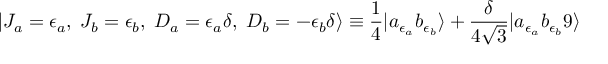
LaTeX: | J _ { a } = { \epsilon _ { a } } , \; J _ { b } = { \epsilon _ { b } } , \; D _ { a } = \epsilon _ { a } \delta , \; D _ { b } = - \epsilon _ { b } \delta \rangle \equiv { \frac { 1 } { 4 } } | a _ { \epsilon _ { a } } b _ { \epsilon _ { b } } \rangle + { \frac { \delta } { 4 \sqrt { 3 } } } | a _ { \epsilon _ { a } } b _ { \epsilon _ { b } } 9 \rangle